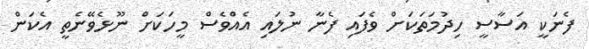
ފެނަކީ އަސާސީ ހިދުމަތަކަށް ވެފައި ފެނާ ނުލައި އެއްވެސް މީހަކަށް ނޫޅެވޭނެތީ އެކަން